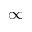
\infty